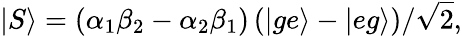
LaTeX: |S\rangle=\left(\alpha_{1}\beta_{2}-\alpha_{2}\beta_{1}\right)\left(|ge\rangle-|eg\rangle\right)/\sqrt{2},